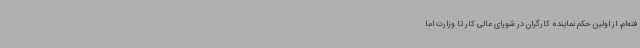
فته‌ام، از اولین حکم نماینده کارگران در شورای عالی کار تا وزارت‌ اما